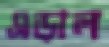
এড়াল